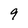
Character: 9